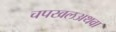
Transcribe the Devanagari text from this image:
चपखलअथवा